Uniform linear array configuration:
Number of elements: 16
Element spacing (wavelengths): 0.75
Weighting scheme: exponential
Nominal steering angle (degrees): -45
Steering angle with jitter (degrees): -45.324
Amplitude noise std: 0.05
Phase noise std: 0.05

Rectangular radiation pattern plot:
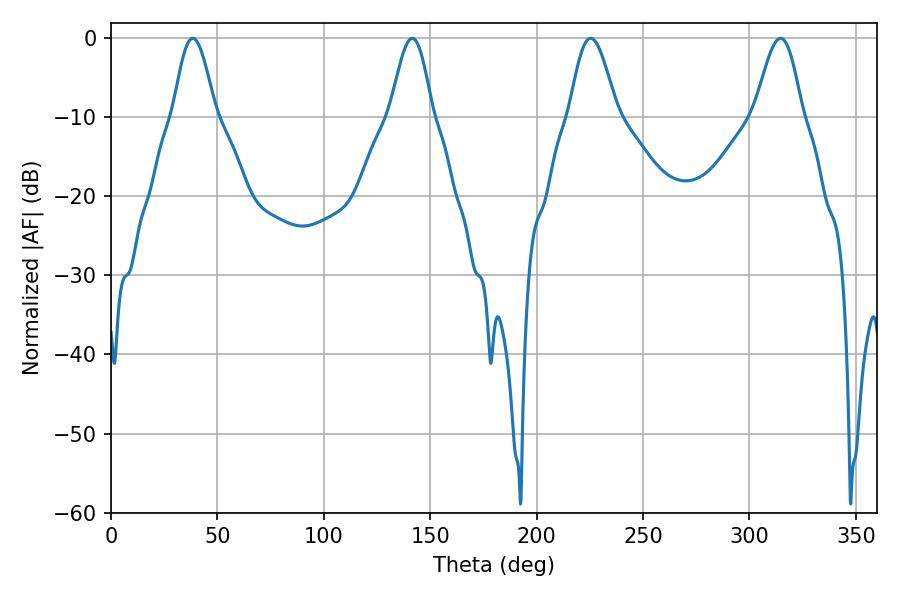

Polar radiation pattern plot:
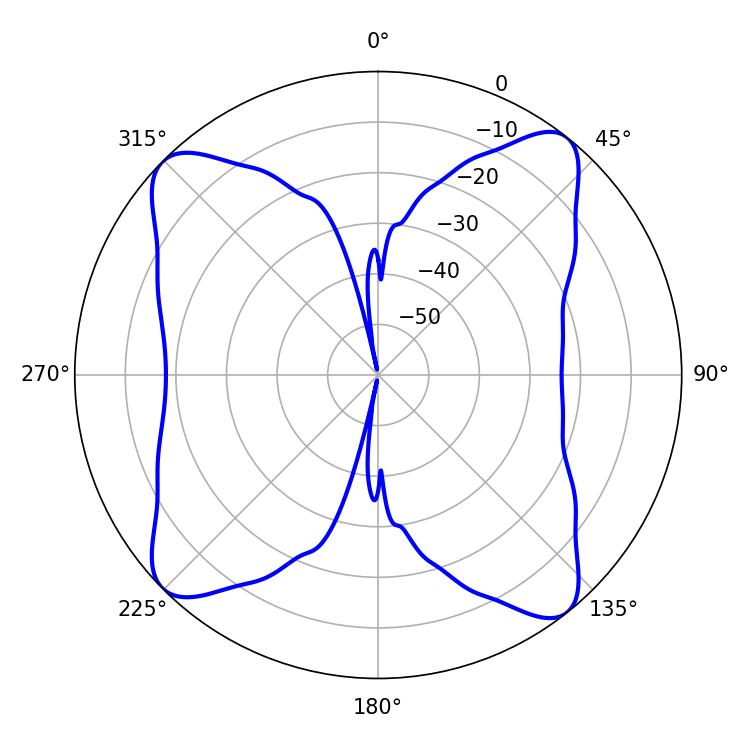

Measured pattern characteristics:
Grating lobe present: TRUE
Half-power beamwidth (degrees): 11.88
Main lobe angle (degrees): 225.36